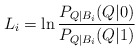
\begin{align*}L_i = \ln\frac{P_{Q|B_i}(Q|0)}{P_{Q|B_i}(Q|1)}\end{align*}